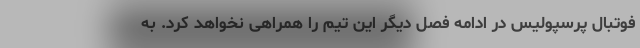
فوتبال پرسپولیس در ادامه فصل دیگر این تیم را همراهی نخواهد کرد. به